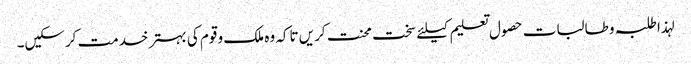
لہذا طلبہ و طالبات حصول تعلیم کیلئے سخت محنت کریں تاکہ وہ ملک و قوم کی بہتر خدمت کرسکیں۔